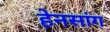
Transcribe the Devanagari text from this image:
हेनसांग